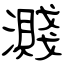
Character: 濺